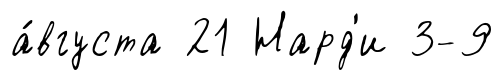
а́вгуста 21 Нард'и 3-9